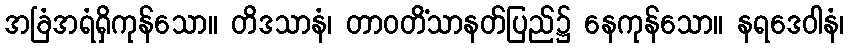
အခြံအရံရှိကုန်သော။ တိဒသာနံ၊ တာဝတိံသာနတ်ပြည်၌ နေကုန်သော။ နရဒေဝါနံ၊